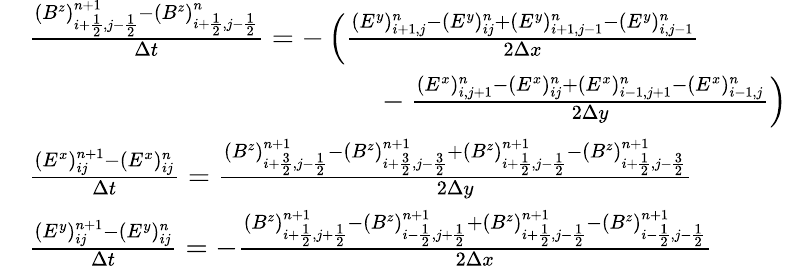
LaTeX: \begin{array}{rl}&{\frac{(B^{z})_{i+\frac 12,j-\frac 12}^{n+1}-(B^{z})_{i+\frac 12,j-\frac 12}^{n}}{\Delta t}=-\left(\frac{(E^{y})_{i+1,j}^{n}-(E^{y})_{ij}^{n}+(E^{y})_{i+1,j-1}^{n}-(E^{y})_{i,j-1}^{n}}{2\Delta x}\right.}\\ &{\phantom{mmmmmmmmmmmmmm}-\left.\frac{(E^{x})_{i,j+1}^{n}-(E^{x})_{ij}^{n}+(E^{x})_{i-1,j+1}^{n}-(E^{x})_{i-1,j}^{n}}{2\Delta y}\right)}\\ &{\frac{(E^{x})_{ij}^{n+1}-(E^{x})_{ij}^{n}}{\Delta t}=\frac{(B^{z})_{i+\frac 32,j-\frac 12}^{n+1}-(B^{z})_{i+\frac 32,j-\frac 32}^{n+1}+(B^{z})_{i+\frac 12,j-\frac 12}^{n+1}-(B^{z})_{i+\frac 12,j-\frac 32}^{n+1}}{2\Delta y}}\\ &{\frac{(E^{y})_{ij}^{n+1}-(E^{y})_{ij}^{n}}{\Delta t}=-\frac{(B^{z})_{i+\frac 12,j+\frac 12}^{n+1}-(B^{z})_{i-\frac 12,j+\frac 12}^{n+1}+(B^{z})_{i+\frac 12,j-\frac 12}^{n+1}-(B^{z})_{i-\frac 12,j-\frac 12}^{n+1}}{2\Delta x}}\end{array}